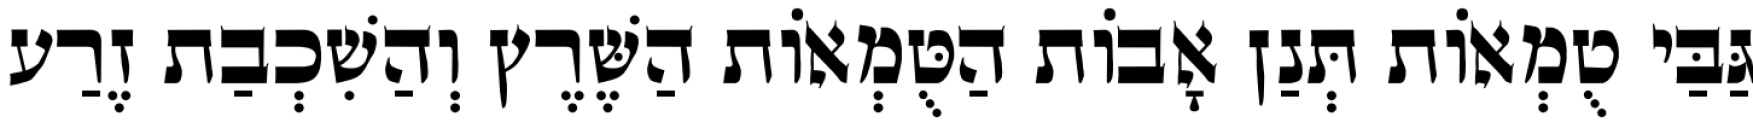
גַּבַּי טֻמְאוֹת תְּנַן אָבוֹת הַטֻּמְאוֹת הַשֶּׁרֶץ וְהַשִׁכְבַת זֶרַע